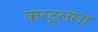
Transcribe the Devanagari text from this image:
करटूलला